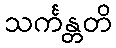
သင်္ကန္တတိ